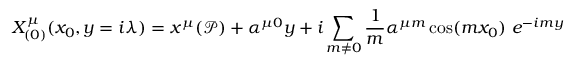
X _ { ( 0 ) } ^ { \mu } ( x _ { 0 } , y = i \lambda ) = x ^ { \mu } ( \mathcal { P } ) + \alpha ^ { \mu 0 } y + i \sum _ { m \neq 0 } \frac { 1 } { m } \alpha ^ { \mu m } \cos ( m x _ { 0 } ) \ e ^ { - i m y }